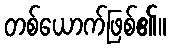
တစ်ယောက်ဖြစ်၏။